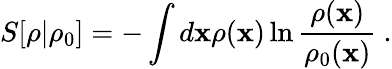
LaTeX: S[\rho|\rho_{0}]=-\int d\mathbf{x}\rho(\mathbf{x})\ln\frac{\rho(\mathbf{x})}{\rho_{0}(\mathbf{x})}~.